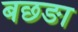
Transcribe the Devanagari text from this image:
बछङा